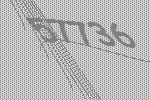
57736